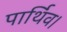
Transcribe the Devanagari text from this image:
पार्थिव।